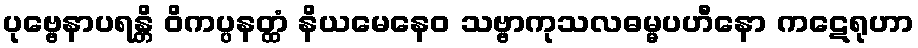
ပုဗ္ဗေနာပရန္တိ ဝိကပ္ပနတ္ထံ နိယမေနေဝ သဗ္ဗာကုသလဓမ္မပဟီနော ကဋေရုဟာ